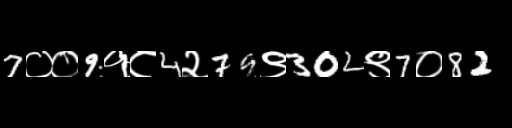
Text: 7००9१८4२79९302९7०82